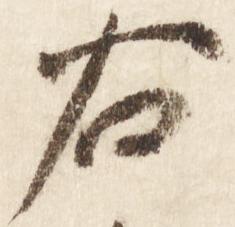
右